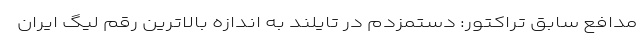
مدافع سابق تراکتور: دستمزدم در تایلند به اندازه بالاترین رقم لیگ ایران